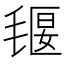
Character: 𣯄